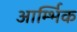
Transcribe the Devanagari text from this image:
आर्म्भिक